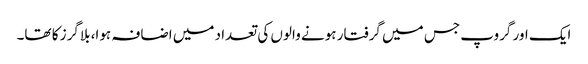
ایک اور گروپ جس میں گرفتار ہونے والوں کی تعداد میں اضافہ ہوا، بلاگرز کا تھا۔